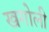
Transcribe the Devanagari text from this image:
खगोली